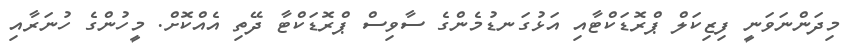
މިދަންނަވަނީ ފިޒިކަލް ޕްރޮޑަކްޓާއި އަޅުގަނޑުމެންގެ ސާވިސް ޕްރޮޑަކްޓާ ދޭތި އެއްކޮށް. މީހުންގެ ހުނަރާއި